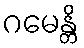
ဂမေန္တိ